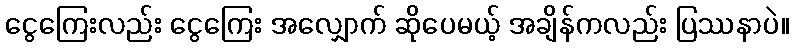
ငွေကြေးလည်း ငွေကြေး အလျှောက် ဆိုပေမယ့် အချိန်ကလည်း ပြဿနာပဲ။